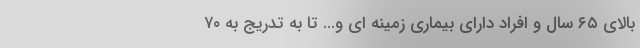
بالای ۶۵ سال و افراد دارای بیماری زمینه ای و... تا به تدریج به ۷۰